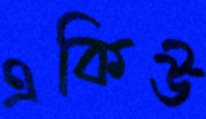
একিউ